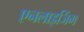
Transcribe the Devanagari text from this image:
एनलाइजिंग